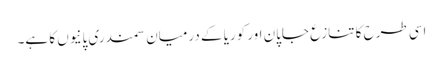
اسی طرح کا تنازع جاپان اور کوریا کے درمیان سمندری پانیوں کا ہے۔